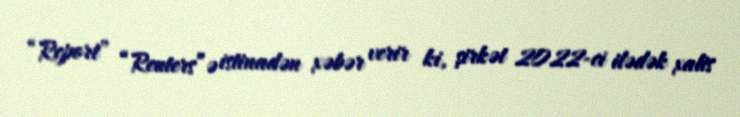
“Report” “Reuters”ə istinadən xəbər verir ki, şirkət 2022-ci ilədək xalis